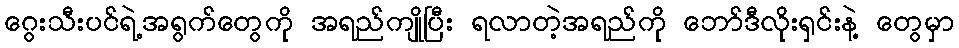
ဂွေးသီးပင်ရဲ့အရွက်တွေကို အရည်ကျိုပြီး ရလာတဲ့အရည်ကို ဘော်ဒီလိုးရှင်းနဲ့ တွေမှာ